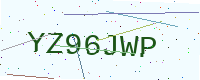
Text: YZ96JWP